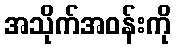
အသိုက်အဝန်းကို